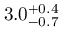
3 . 0 _ { - 0 . 7 } ^ { + 0 . 4 }